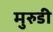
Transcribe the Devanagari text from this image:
मुरुडी